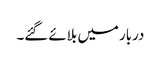
دربار میں بلائے گئے۔